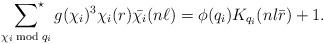
LaTeX: \begin{align*}\sideset{}{^\star}\sum_{\chi_i\bmod{q_i}}g(\chi_i)^3\chi_i(r)\bar{\chi_i}(n\ell)=\phi(q_i)K_{q_i}(nl\bar{r})+1.\end{align*}